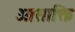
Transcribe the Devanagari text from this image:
आसाक्ति